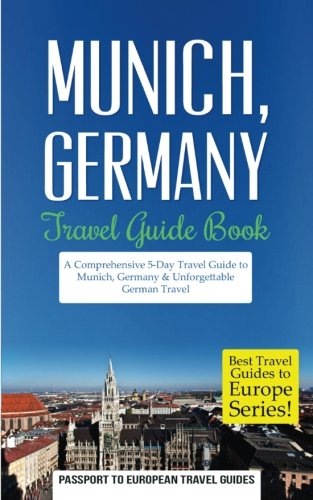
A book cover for Munich: Munich, Germany: Travel Guide Book-A Comprehensive 5-Day Travel Guide to Munich, Germany & Unforgettable German Travel (Best Travel Guides to Europe Series) (Volume 18); Passport to European Travel Guides; Travel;